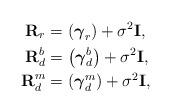
LaTeX: \begin{align*}\textbf{R}_{r}&=\left(\boldsymbol{\gamma}_{r} \right)+\sigma^2 \mathbf{I},&&\\\textbf{R}_{d}^b&=\left(\boldsymbol{\gamma}_{d}^b \right)+\sigma^2 \mathbf{I},&&\\\textbf{R}_{d}^m&=\left(\boldsymbol{\gamma}_{d}^m \right)+\sigma^2 \mathbf{I},&&\end{align*}